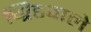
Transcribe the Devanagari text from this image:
ग्रिडवाले